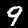
Digit: 9